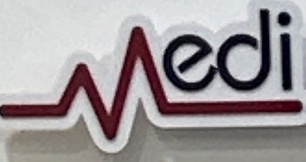
Medi